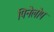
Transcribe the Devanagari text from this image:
पिनेलोप